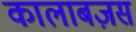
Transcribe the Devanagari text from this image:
कालाबज़स